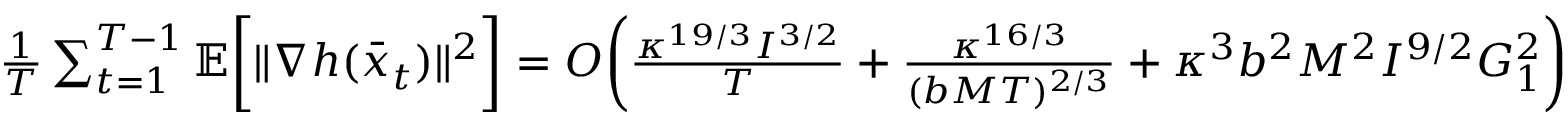
\begin{array} { r l } & { \frac { 1 } { T } \sum _ { t = 1 } ^ { T - 1 } \mathbb { E } \bigg [ \| \nabla h ( \bar { x } _ { t } ) \| ^ { 2 } \bigg ] = O \bigg ( \frac { \kappa ^ { 1 9 / 3 } I ^ { 3 / 2 } } { T } + \frac { \kappa ^ { 1 6 / 3 } } { ( b M T ) ^ { 2 / 3 } } + \kappa ^ { 3 } b ^ { 2 } M ^ { 2 } I ^ { 9 / 2 } G _ { 1 } ^ { 2 } \bigg ) } \end{array}